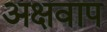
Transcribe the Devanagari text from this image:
अक्षवाप